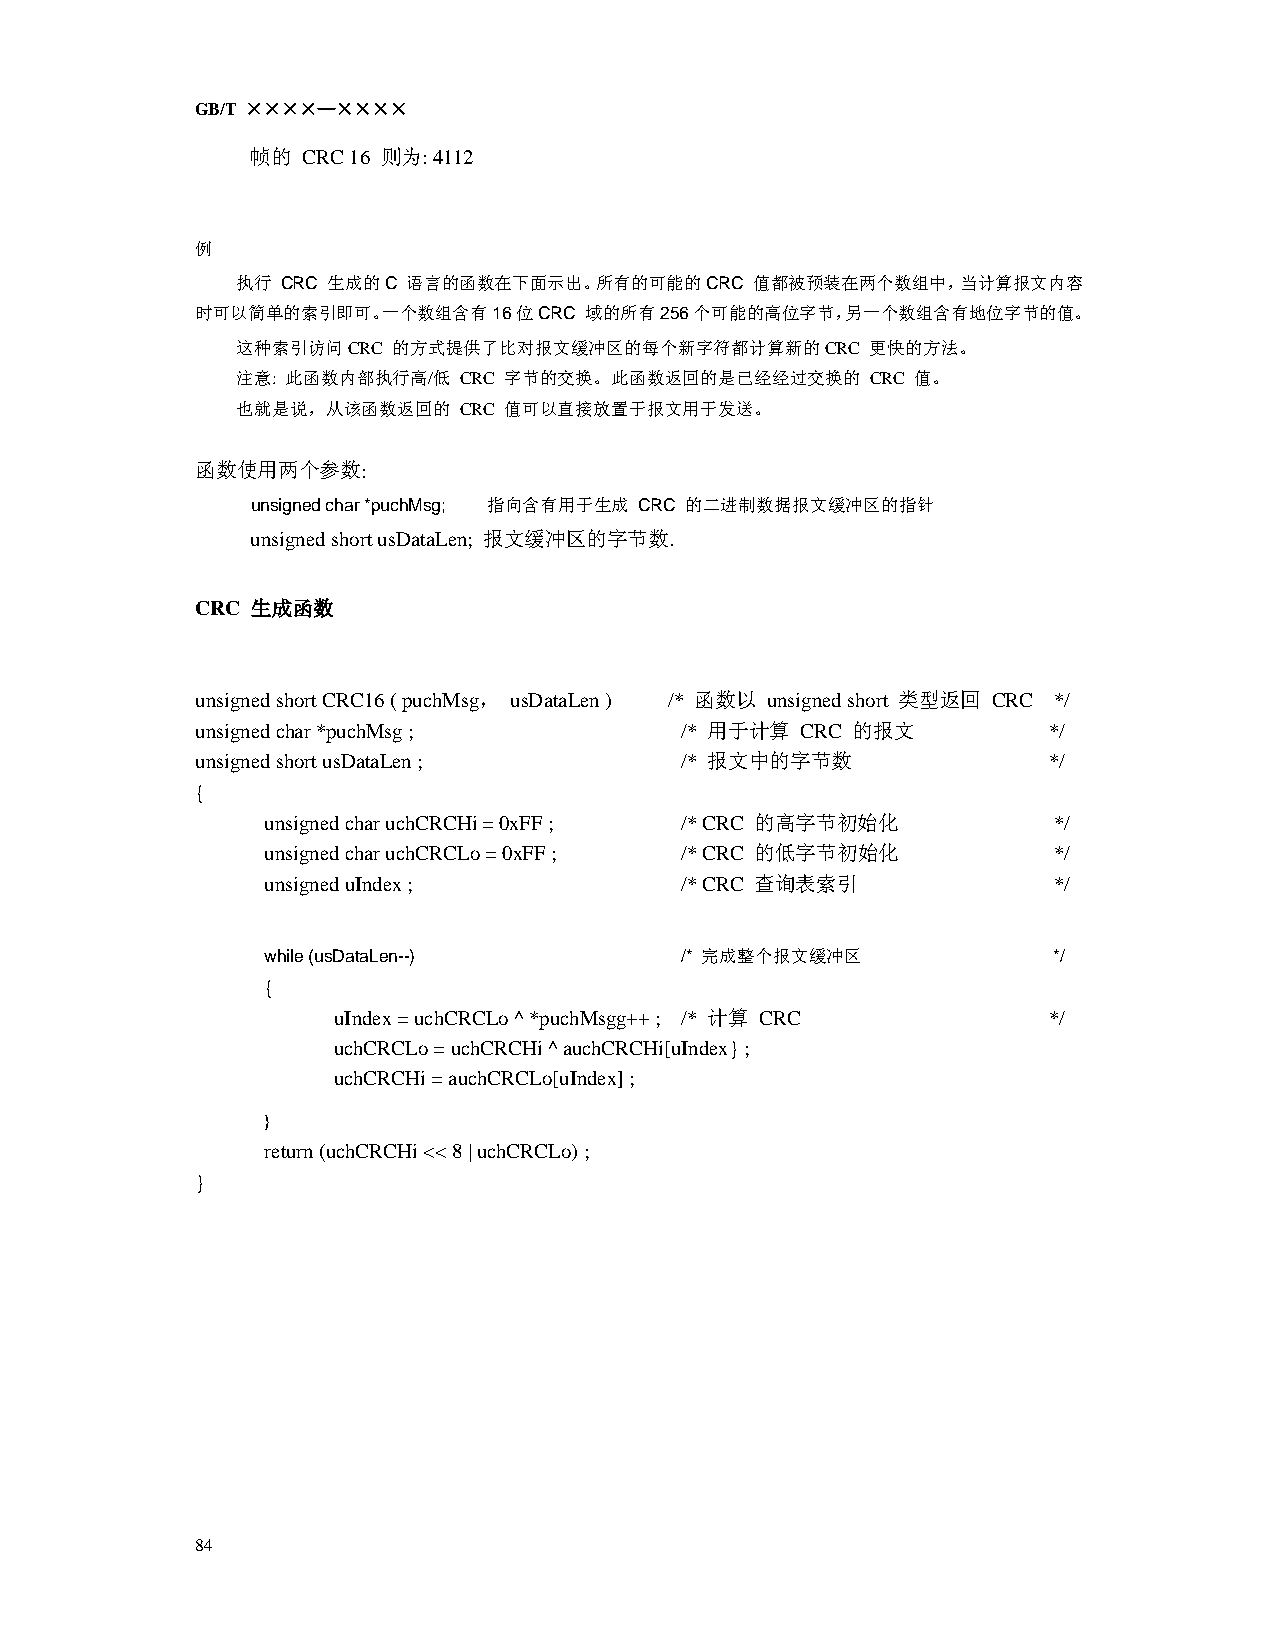
GB/T ××××—××××
 帧的 CRC 16 则为: 4112
 例
 执行 CRC 生成的C 语言的函数在下面示出。所有的可能的CRC  值都被预装在两个数组中，当计算报文内容
 时可以简单的索引即可。一个数组含有16位CRC   域的所有256个可能的高位字节，另一个数组含有地位字节的值。
 这种索引访问CRC 的方式提供了比对报文缓冲区的每个新字符都计算新的CRC     更快的方法。
 注意: 此函数内部执行高/低 CRC 字节的交换。此函数返回的是已经经过交换的   CRC 值。
 也就是说，从该函数返回的  CRC 值可以直接放置于报文用于发送。
 函数使用两个参数:
 unsigned char *puchMsg; 指向含有用于生成 CRC 的二进制数据报文缓冲区的指针
 unsigned short usDataLen; 报文缓冲区的字节数.
 CRC 生成函数
 unsigned short CRC16 ( puchMsg， usDataLen ) /* 函数以 unsigned short 类型返回 CRC */
 unsigned char *puchMsg ;        /* 用于计算 CRC 的报文      */
 unsigned short usDataLen ;      /* 报文中的字节数          */
 {
 unsigned char uchCRCHi = 0xFF ; /* CRC 的高字节初始化  */
 unsigned char uchCRCLo = 0xFF ; /* CRC 的低字节初始化  */
 unsigned uIndex ;          /* CRC 查询表索引        */
 while (usDataLen--)        /* 完成整个报文缓冲区          */
 {
 uIndex = uchCRCLo ^ *puchMsgg++ ; /* 计算 CRC */
 uchCRCLo = uchCRCHi ^ auchCRCHi[uIndex} ;
 uchCRCHi = auchCRCLo[uIndex] ;
 }
 return (uchCRCHi << 8 | uchCRCLo) ;
 }
 84